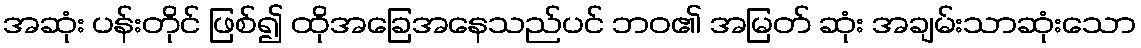
အဆုံး ပန်းတိုင် ဖြစ်၍ ထိုအခြေအနေသည်ပင် ဘဝ၏ အမြတ် ဆုံး အချမ်းသာဆုံးသော